Report of the Hyderabad Chloroform Commission
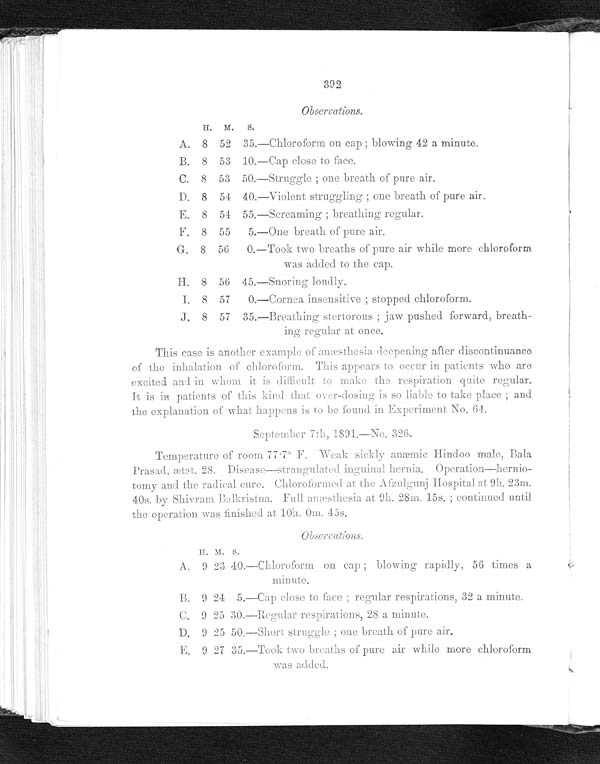
392
Observations.
H. M.
S.
A. 8 52 35.—Chloroform on cap ; blowing 42 a minute.
B. 8 53 10.—Cap close to face.
C. 8 53 50.—Struggle ; one breath of pure air.
D. 8 54 40.—Violent struggling ; one breath of pure air.
E. 8 54 55.—Screaming; breathing regular
.
F. 8 55
5.—One breath of pure air.
G. 8 56 0. —Took t wo br e a t hs of pur e a i r whi l e mor e c hl or of or m
was added to the cap.
H. 8 56 45.—Snoring loudly.
I. 8 57
0.—Cornea insensitive ; stopped chloroform.
J. 8 57 35.—Breathing stertorous ; jaw pushed forward, breath--
ing regular at once.
This case is another example a anæsthesia deepening after discontinuance
of the inhalation of chloroform. This appears to occur in patients who are
excited aid in whom
it is make difficult to make the
respiration quite regular.
it is
patients of this kind that over-dosing is so liable to take place ; and
the explanation of what happens is to be found in Experiment No. 64.
S e p t e m b e r 7 t h ,
1 8 9 1 . — N o . 3 2 6 .
Temperature of room 77 . 7° F. Weak sickly anæmic Hindoo male, Bala
Prasad, ætat. 28. Disease—strangulated inguinal hernia. Operation—hernio-
tomy and the radieal cure. Chloroformed at the Afzulgunj Hospital at 9h. 23m.
40s. by Shivram Balkristna. Full anæsthesia at 9h. 28m. 15s. ; continued until
the operation was finished at 10h. 0m. 45s.
Observations.
H . M . S .
A. 0 23 40.—Chloform on cap; blowing rapidly, 56 times a
minute.
B.
9 24 5. —Cap cl os e t o f ace ; r egul ar r es pi r at i ons , 32 a mi nut e.
C.
9 2 5 3 0 . — R e g u l a r r e s p i r a t i o n s , 2 8 a m i n u t e .
D. 9 25 50.—Short struggle; one breath of pure air.
E.
9 27 35. —Took t wo br eat hs of pur e ai r whi l e mor e chl or of or m
Was added.